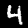
Label: 4